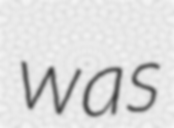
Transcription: was